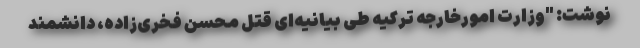
نوشت: "وزارت امورخارجه ترکیه طی بیانیه‌ای قتل محسن فخری‌زاده، دانشمند